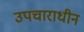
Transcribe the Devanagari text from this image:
उपचाराधीन